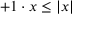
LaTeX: + 1 \cdot x \leq | x |